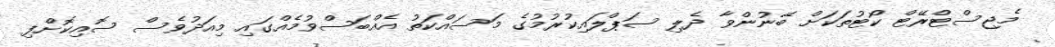
މެޖިސްޓްރޭޓް ކޯޓުތަކަށް ބޭނުންވާ ދެލި ސަޕްލައިކުރުމުގެ މަސައްކަތު އެއްބަސްވުމެއްގައި މިއަދުވެސް ސޮއިކޮށްފި